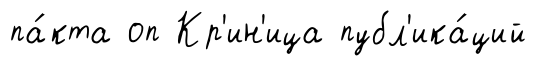
па́кта оп Кр'ин'ица публ'ика́ций